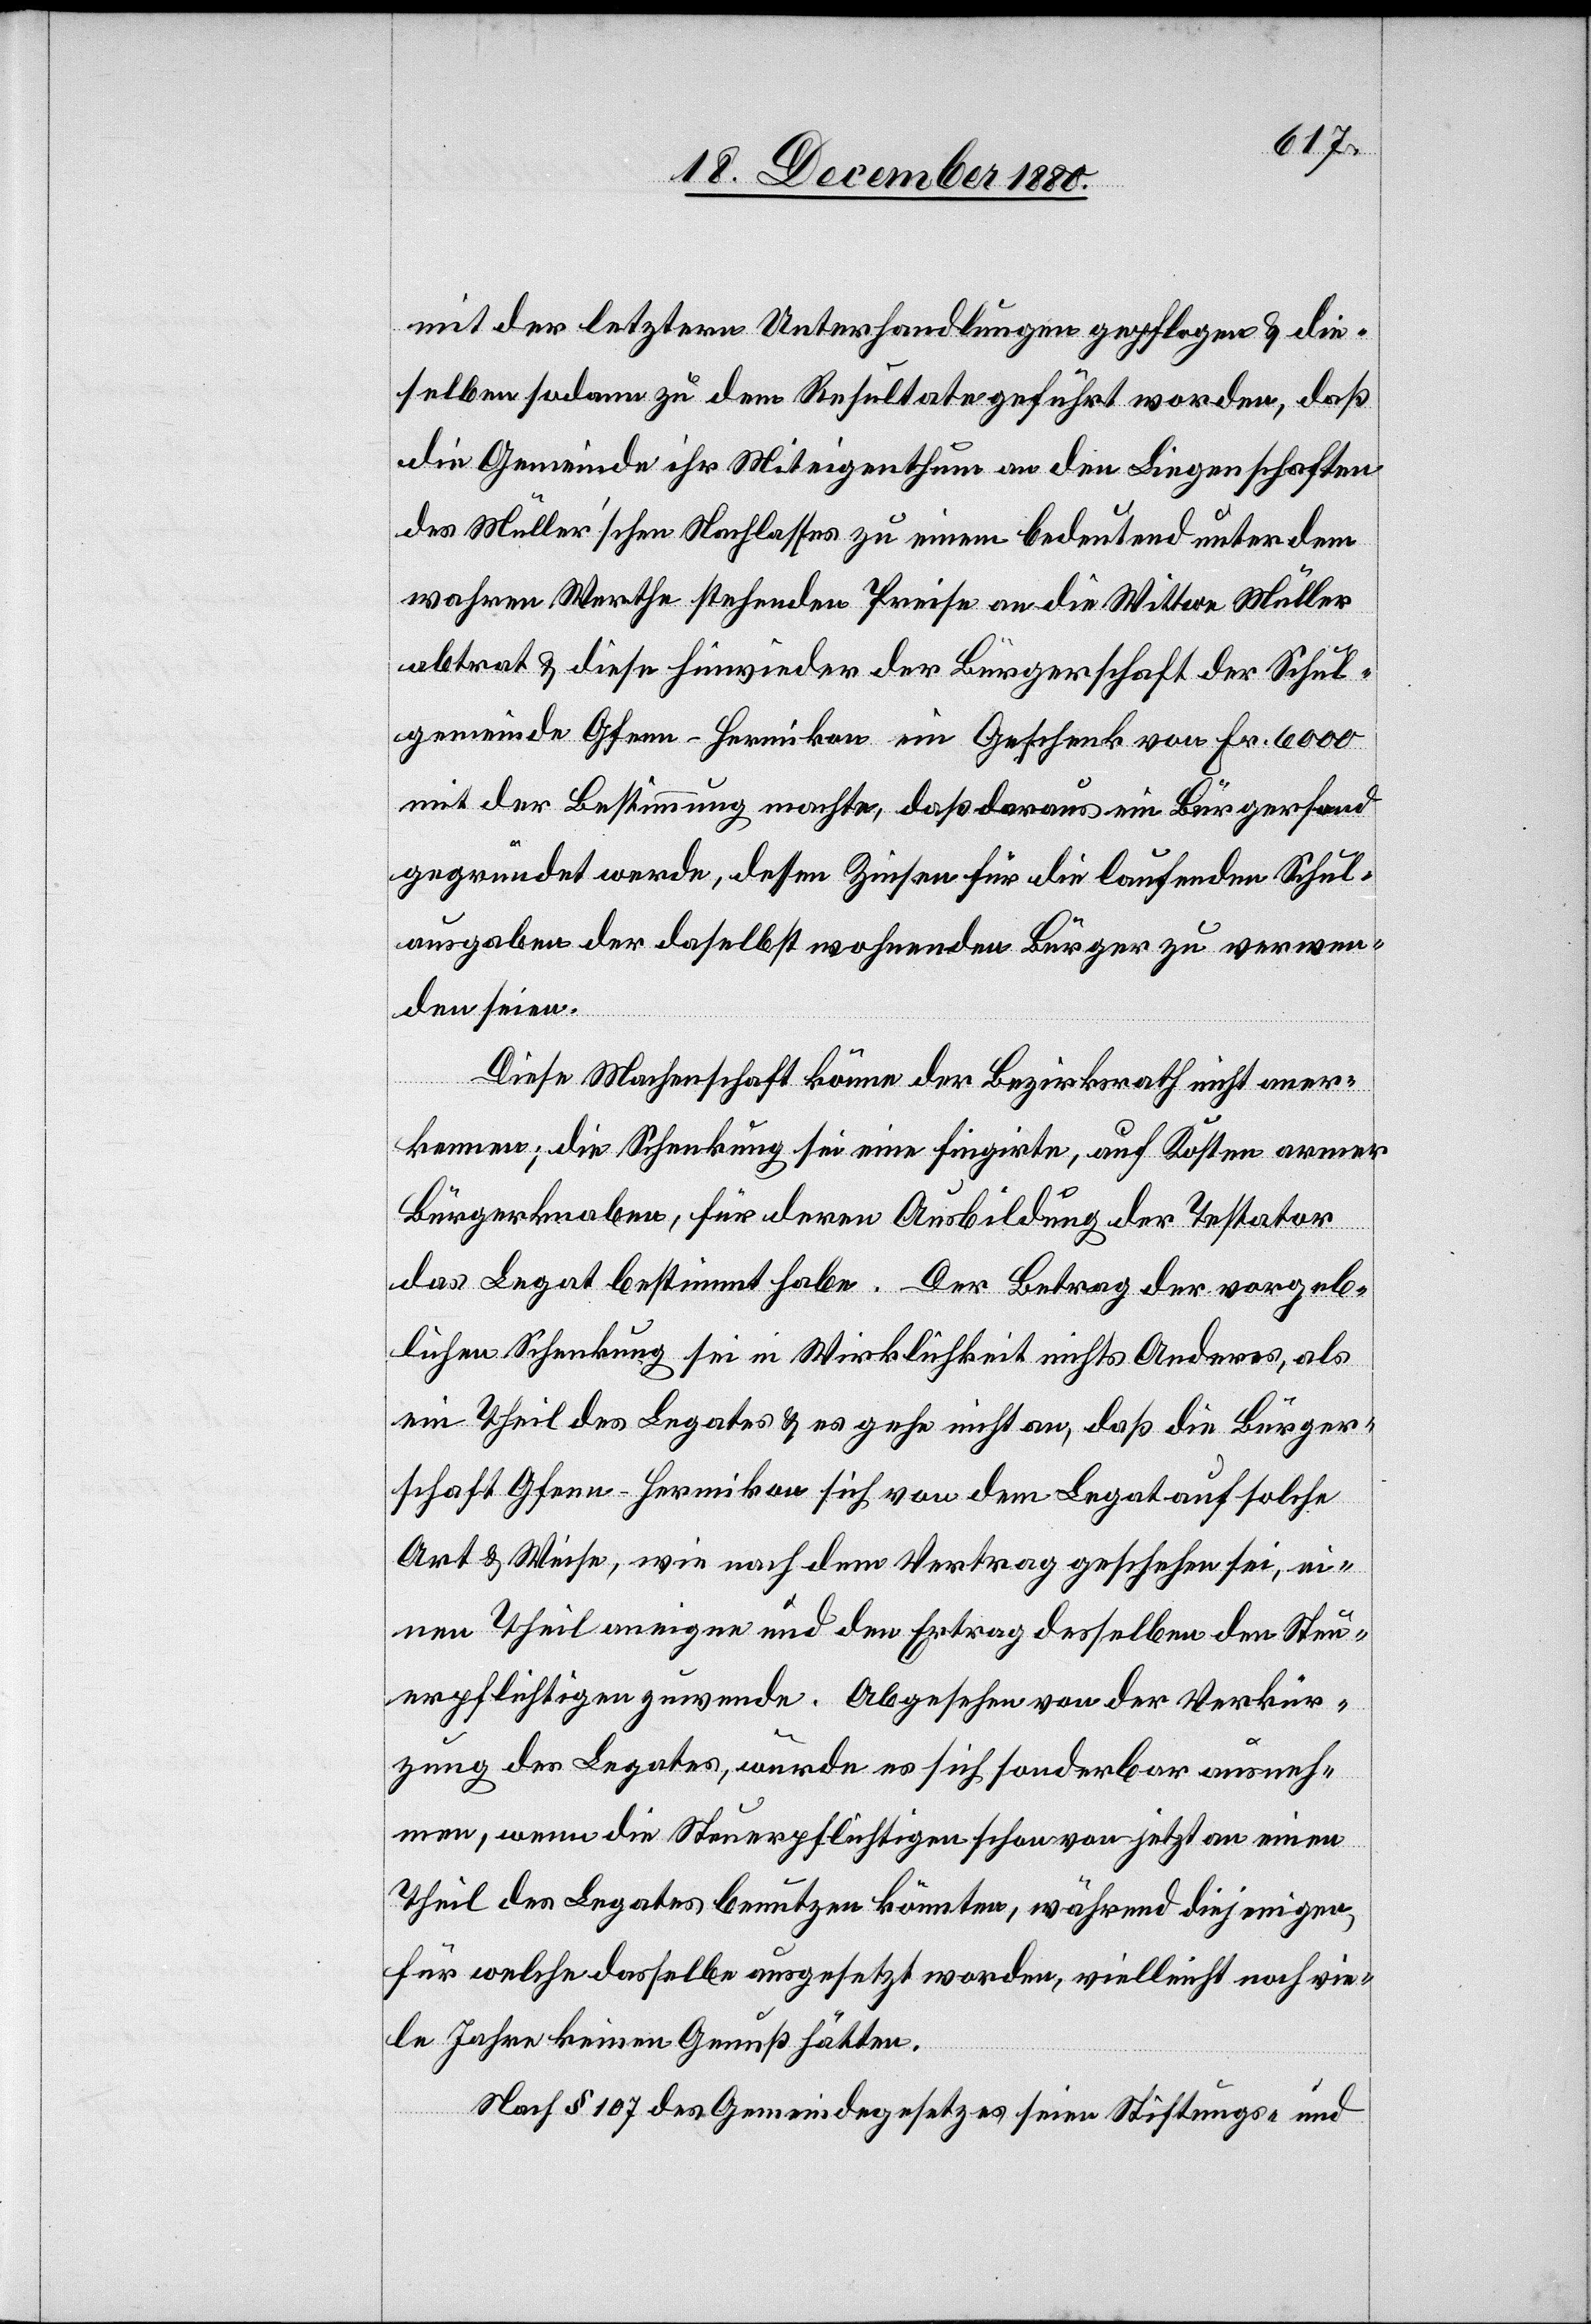
mit der letztern Unterhandlungen gepflogen & die¬
selben sodann zu dem Resultate geführt worden, daß
die Gemeinde ihr Miteigenthum an den Liegenschaften
des Müller’schen Nachlasses zu einem bedeutend unter dem
wahren Werthe stehenden Preise an die Wittwe Müller
abtrat & diese hinwieder der Bürgerschaft der Schul¬
gemeinde Gfenn - Hermikon ein Geschenk von Fr. 6000
mit der Bestimmung machte, daß daraus ein Bürgerfond
gegründet werde, dessen Zinsen für die laufenden Schul¬
ausgaben der daselbst wohnenden Bürger zu verwen¬
den seien.
Diese Machenschaft könne der Bezirksrath nicht aner¬
kennen; die Schenkung sei eine fingirte, auf Kosten armer
Bürgerknaben, für deren Ausbildung der Testator
das Legat bestimmt habe. Der Betrag der vorgeb¬
lichen Schenkung sei in Wirklichkeit nichts Anderes, als
ein Theil des Legates & es gehe nicht an, daß die Bürger¬
schaft Gfenn - Hombrechtikon sich von dem Legat auf solche
Art & Weise, wie nach dem Vertrag geschehen sei, ei¬
nen Theil aneigne und den Ertrag desselben den Steu¬
erpflichtigen zuwende. Abgesehen von der Verkür¬
zung des Legates, würde es sich sonderbar ausneh¬
men, wenn die Steuerpflichtigen schon von jetzt an einen
Theil des Legates benutzen könnten, während diejenigen,
für welche dasselbe ausgesetzt worden, vielleicht noch vie¬
le Jahre keinen Genuß hätten.
Nach § 107 des Gemeindegesetzes seien Stiftungs- und